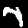
Digit: 7